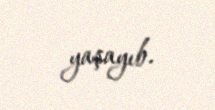
yaşayıb.